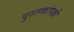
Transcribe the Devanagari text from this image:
पुस्तकांपकी